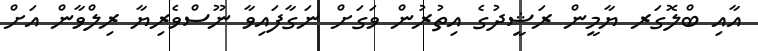
އާއި ބްލޮގަރ ޔާމީން ރަޝީދުގެ އިތުރުން ވަގަށް ނަގާފައިވާ ނޫސްވެރިޔާ ރިލްވާން އަށް